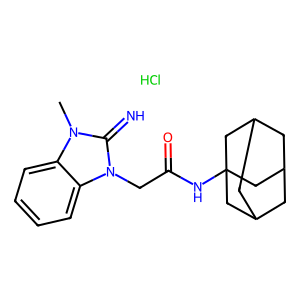
SMILES: Cl.Cn1c(=N)n(CC(=O)NC23CC4CC(CC(C4)C2)C3)c2ccccc21
Inhibits HIV replication: No